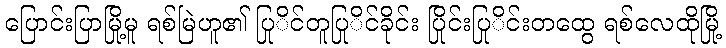
ပြောင်းပြာမြို့မူ ရစ်မြဲဟူ၏ ပြုိင်တူပြုိင်ခိုင်း ပြိုင်းပြုိင်းတထွေ ရစ်လေထိုမြို့